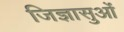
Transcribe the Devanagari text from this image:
जिज्ञासुओं